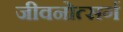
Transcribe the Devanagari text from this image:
जीवनोत्सर्ग